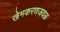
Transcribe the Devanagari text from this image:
खेमकरणजवळ